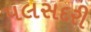
પલસદરી